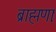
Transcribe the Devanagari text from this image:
ब्राह्मणाः